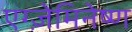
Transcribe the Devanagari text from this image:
एग्ज़ेमिनेष्ण